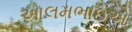
આલમભાઇએ